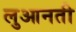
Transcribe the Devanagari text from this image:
लुआनती